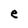
Character: e